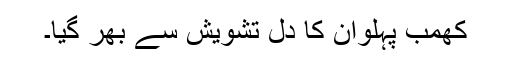
کھمب پہلوان کا دل تشویش سے بھر گیا۔